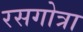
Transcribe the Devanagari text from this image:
रसगोत्रा